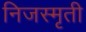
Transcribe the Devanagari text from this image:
निजस्मृती